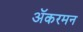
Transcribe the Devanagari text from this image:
ॲकरमन